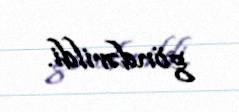
göndərildi.